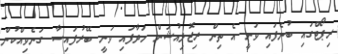
ރިޕޯޓްގައި ބުނެފައި ވަނީ އެ ތިން ރިޒޮލިއުޝަން ހަދާފައި ވަނީ ބޭރުފައިސާ ގަނެވިއްކުން